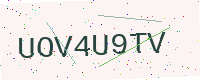
Text: UOV4U9TV